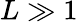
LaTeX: L\gg 1